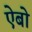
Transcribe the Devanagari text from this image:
ऐबो